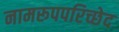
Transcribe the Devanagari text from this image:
नामरूपपरिच्छेद